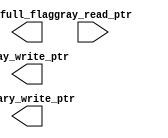
module write_ptr_hold #(parameter depth = 45)(

    input wire [$clog2(depth)-1 : 0] gray_read_ptr,

    output wire full_flag,
    output wire[$clog2(depth)-1 : 0] gray_write_ptr, binary_write_ptr
    );


endmodule